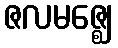
ဇလမဇ္ဈေ